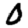
Digit: 0